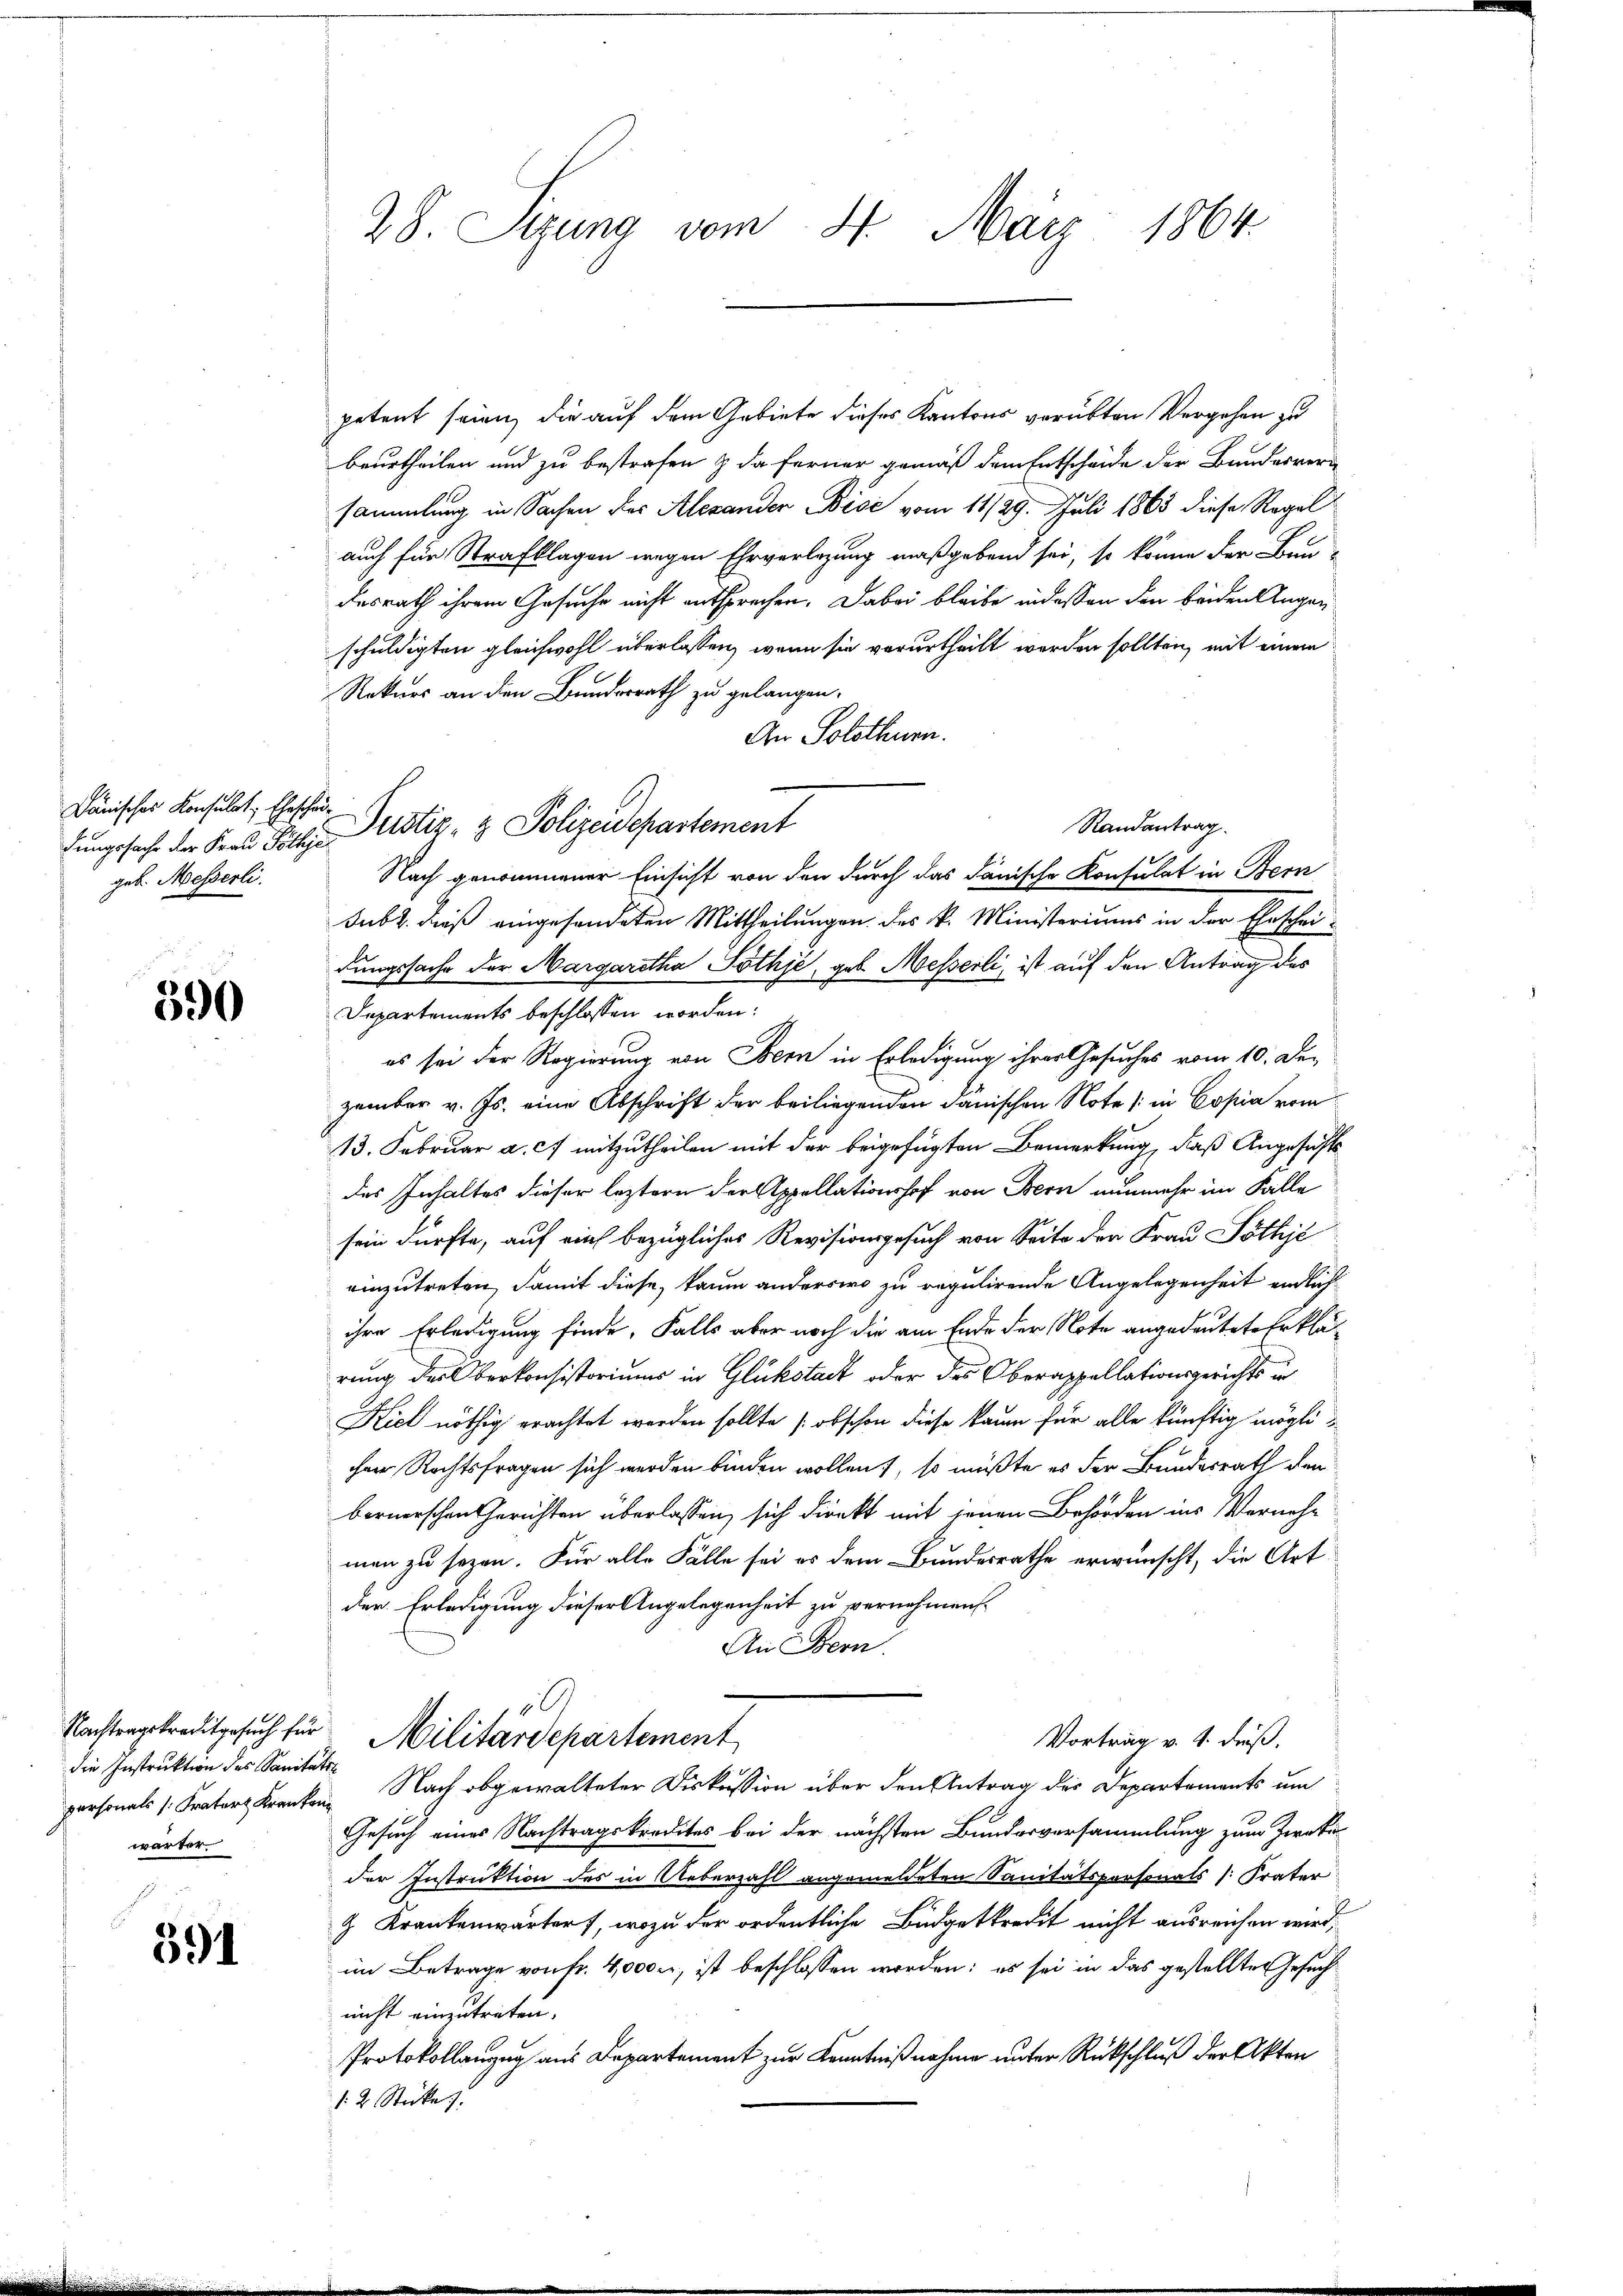
Dänisches Konsulat, Ehescheigeb. Messerli

390

Nachtragskreditgesuch für
die Instruktion des Sanitätswanter

591

28. Sizung vom 4. März 1864.

petent seien, die auf dem Gebiete dieses Kantons verübten Vergehen zu
beurtheilen und zu bestrafen & da ferner gemäß dem Entscheide der Bundesver
sammlung in Sachen der Alexander Bise vom 11/29. Juli 1863 diese Regel
auch für Strafklagen wegen Ehrverlegung maßgebend sei, so könne der Bau-
desrath ihrem Gesuche nicht entsprechen. Dabei bleibe in dessen den beiden Augenschuldigten gleichwohl überlassen, wenn sie verurtheilt worden sollten, mit einem
Rekurs an den Bundesrath zu gelangen.
An Solothurn.
Randantrag.
Nach genommener Einsicht von den durch das dänische Konsulat in Bern
subz. dieß eingesendeten Mittheilungen des k. Ministeriums in der Eheschei-
dungssache der Margaretha Pothje, geb. Messerli, ist auf den Antrag des
Departements beschlossen worden:
es sei der Regierung von Bern in Erledigung ihrer Gesuches vom 10. Dezember v. Js. eine Abschrift der beiliegenden dänischen Note in Copia vom
13. Februar a. c. mitzutheilen mit der beigefügten Bemerkung, daß Angesichts
des Inhaltes dieser leztern der Appellationshof von Bern nunmehr im Falle
sein dürfte, auf mich bezügliches Revisionsgesuch von Seite der Frau Pöthje
einzutreten, damit diese, kaum anderswo zu regulirende Angelegenheit endlich
ihre Erledigung finde, Falls aber noch die am Ende der Note angedeutete Erklärung des Oberkonsistoriums in Glükstadt oder des Oberappellationsgerichts in
Kiel nöthig erachtet werden sollte (obschon diese kaum für alle künftig mögliheer Rechtsfragen sich werden binden wollen, so müßte es der Bundesrath den
bernerschen Gerichten überlassen, sich dienkt mit jenen Behörden ins Vernehmen zu sezen. Für alle Fälle sei es dem Bundesrathe erwünscht, die Art
der Erledigung dieser Angelegenheit zu vernehmen.
An Bern.
.
Militärdepartement
Vortrag v. 4. dieß.
personals Krator Kranken. Nach obgewalteter Diskussion über den Antrag des Departements um
Gesuch eines Nachtragskredites bei der nächsten Bundesversammlung zum Zweki
der Instruktion des in Ueberzahl angemeldeten Sanitätspersonats (Frater
z Krankenwärtert, wozu der ordentliche Budgetkredit nicht ausreichen wird,
im Betrage von fr. 4,000., ist beschlossen worden; es sei in das gestellten Gesuch
nicht einzutreten.
Protokollanzug aus Departement zur Kenntnißnahme unter Rückschluß der Akten
: 2 Stücke).

fungssache der Frau Pöthe Zustiz- & Polizeidepartement